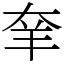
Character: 羍